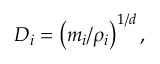
D _ { i } = \left( m _ { i } / \rho _ { i } \right) ^ { 1 / d } ,